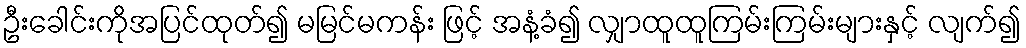
ဦးခေါင်းကိုအပြင်ထုတ်၍ မမြင်မကန်း ဖြင့် အနံ့ခံ၍ လျှာထူထူကြမ်းကြမ်းများနှင့် လျက်၍